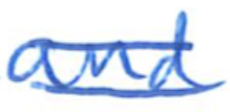
Text: and
Cross-out: double-line
Writing tool: ballpoint